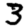
Digit: 3